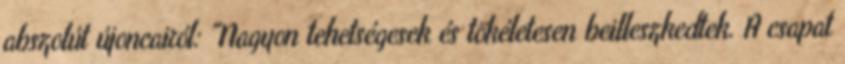
abszolút újoncairól: "Nagyon tehetségesek és tökéletesen beilleszkedtek. A csapat